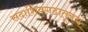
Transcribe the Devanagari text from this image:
सदाशिवगडातूनच